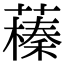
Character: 𦿒